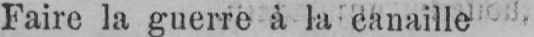
Faire la guerre à la canaille